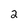
Character: 2